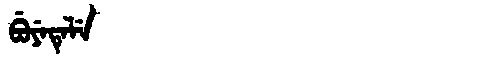
Manchu: ᠪᡠᠶᡝᡨᡝᠯᡝ
Romanization: BUYETELE